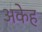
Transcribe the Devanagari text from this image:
अकेह